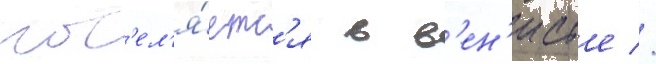
пос'ел'я́етс'я в в'ен'исье //